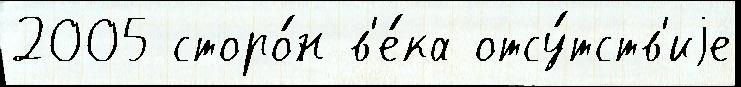
2005 сторо́н в'е́ка отсу́тств'иjе